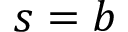
s = b